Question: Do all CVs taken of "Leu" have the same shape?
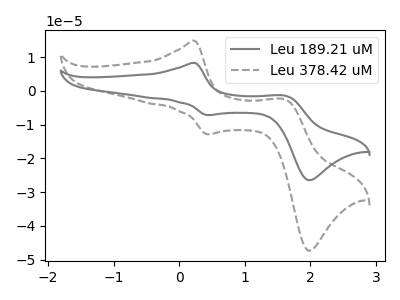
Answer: <think>The gray curve "Leu 189.21 uM" has anodic peaks at (0.25V, 8.25uA) (1.60V, -1.40uA) and cathodic peaks at (0.45V, -7.20uA) (2.00V, -26.45uA). The gray dashed curve "Leu 378.42 uM" has anodic peaks at (0.25V, 14.80uA) (1.60V, -2.55uA) and cathodic peaks at (0.45V, -12.85uA) (2.00V, -47.30uA).
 All the peaks in "Leu 189.21 uM" have a peak in "Leu 378.42 uM" at the same potential.</think>
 <answer>All the CV's of "Leu" have similar shape.</answer>
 <eval>follow_rule</eval>